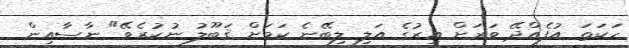
ހަކަތަ އުފެއްދޭ ވަރަށް އިރުގެ އަލި ލިބޭނެ ކަމަށް ޤަބޫލު ނުކުރެވޭ" ނާސާއިން